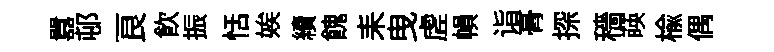
囂邨良飲振恬娭續餽耒曳虗𢄙诣𮌔探穡𦴤榆偶